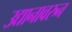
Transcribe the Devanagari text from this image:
उद्यानावरुन